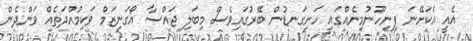
އެއީ އެކަށޭނަ ފިނިހޫނުމިނެއްގައި ހަށިގަނޑުން ބޭރުގައިވެސް މިބަލި ޖައްސާ އޯގަނިޒަމް ވަކިމުއްދަތެއް ވަންދެން